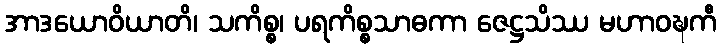
အာဒယောဝိယာတိ၊ သကိစ္စ၊ ပရကိစ္စသာဓကာ ဇေဋ္ဌသိဿ မဟာဝဍ္ဎကီ